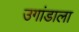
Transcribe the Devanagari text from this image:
उगांडाला